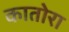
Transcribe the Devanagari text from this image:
कातोरा